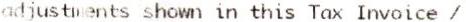
ADJUSTMENTS SHOWN IN THIS TAX INVOICE /